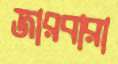
জারবারা